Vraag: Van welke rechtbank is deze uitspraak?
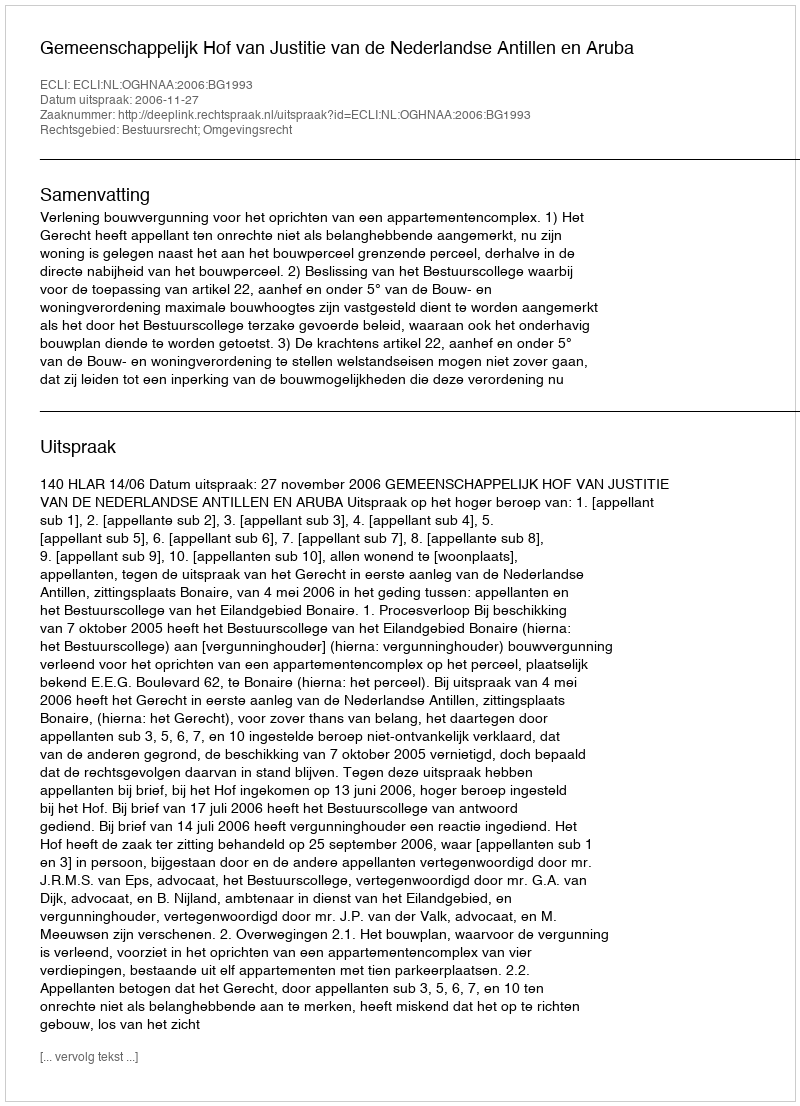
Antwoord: Gemeenschappelijk Hof van Justitie van de Nederlandse Antillen en Aruba